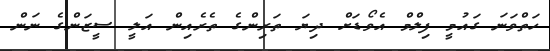
ހަތްވަނަ ގައުމީ ފިލްމް އެވޯޑަށް ދިޔަ ތަރިންގެ ތެރެއިން އަލީ ސީޒަންގެ ނަން